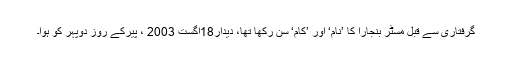
گرفتاری سے قبل مسٹر بنجارا کا ’نام‘ اور ’کام‘ سن رکھا تھا، دیدار18اگست 2003 ، پیرکے روز دوپہر کو ہوا۔